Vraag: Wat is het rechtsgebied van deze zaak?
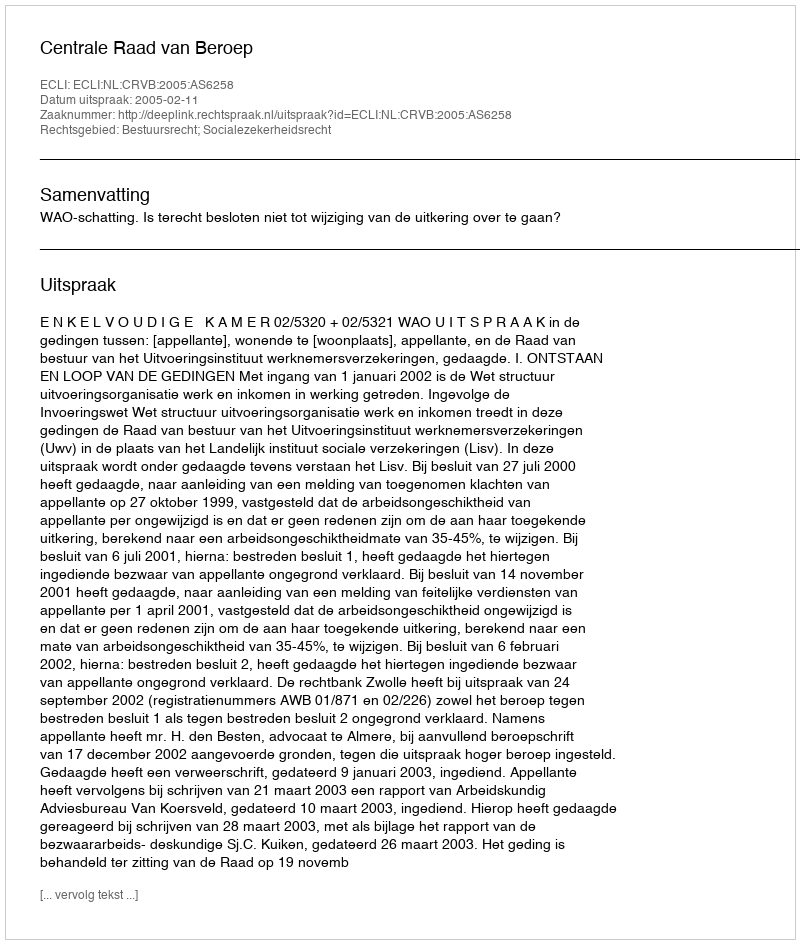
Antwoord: Bestuursrecht; Socialezekerheidsrecht